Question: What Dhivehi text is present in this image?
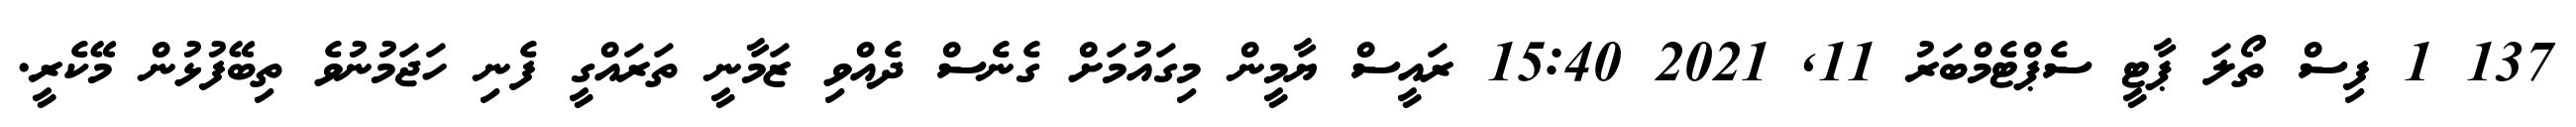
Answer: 137 1 ފިސް ތޯލަ ޕާޓީ ސެޕްޓެމްބަރު 11, 2021 15:40 ރައީސް ޔާމީން މިގައުމަށް ގެނެސް ދެއްވި ޒަމާނީ ތަރައްގީ ފެނި ހަޖަމުނުވެ ތިބޭފުޅުން މޭކެރީ.